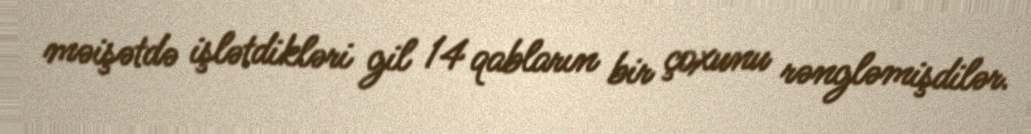
məişətdə işlətdikləri gil 14 qabların bir çoxunu rəngləmişdilər.